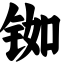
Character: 铷